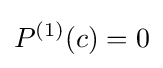
P^{(1)}(c)=0